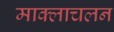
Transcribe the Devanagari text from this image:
माक्लाचलन